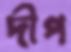
দীপ